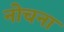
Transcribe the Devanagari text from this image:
नोचना